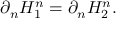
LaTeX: \partial _ { n } H _ { 1 } ^ { n } = \partial _ { n } H _ { 2 } ^ { n } .